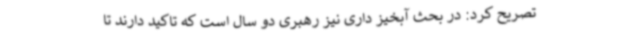
تصریح کرد: در بحث آبخیز داری نیز رهبری دو سال است که تاکید دارند تا